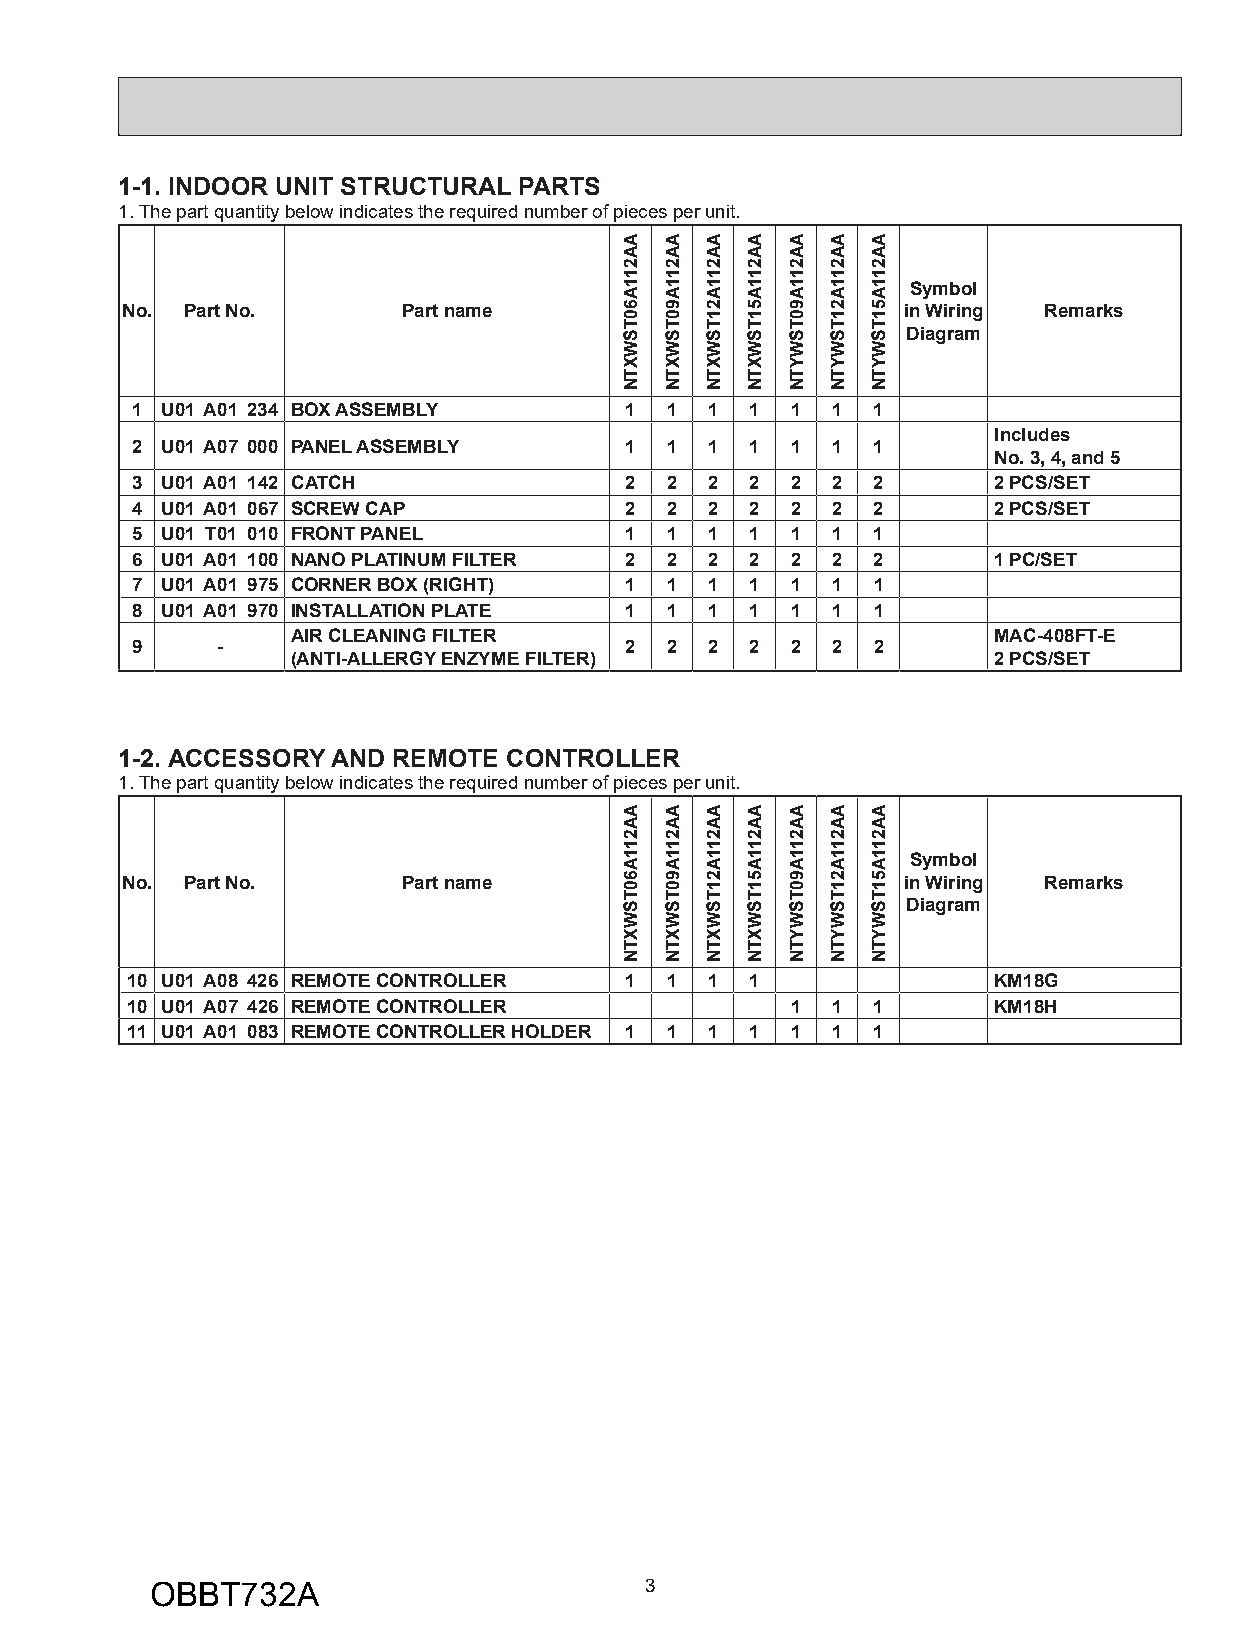
1-1. INDOOR UNIT STRUCTURAL PARTS
 1. The part quantity below indicates the required number of pieces per unit.
 Symbol
 No. Part No.       Part name                        in Wiring Remarks
 Diagram
 1 U01 A01 234 BOX ASSEMBLY      1  1  1  1 1  1  1
 Includes
 2 U01 A07 000 PANEL ASSEMBLY    1  1  1  1 1  1  1
 No. 3, 4, and 5
 3 U01 A01 142 CATCH             2  2  2  2 2  2  2       2 PCS/SET
 4 U01 A01 067 SCREW CAP         2  2  2  2 2  2  2       2 PCS/SET
 5 U01 T01 010 FRONT PANEL       1  1  1  1 1  1  1
 6 U01 A01 100 NANO PLATINUM FILTER 2 2 2 2 2  2  2       1 PC/SET
 7 U01 A01 975 CORNER BOX (RIGHT) 1 1  1  1 1  1  1
 8 U01 A01 970 INSTALLATION PLATE 1 1  1  1 1  1  1
 AIR CLEANING FILTER                            MAC-408FT-E
 9    -                          2  2  2  2 2  2  2
 (ANTI-ALLERGY ENZYME FILTER)                   2 PCS/SET
 1-2. ACCESSORY AND REMOTE CONTROLLER
 1. The part quantity below indicates the required number of pieces per unit.
 Symbol
 No. Part No.       Part name                        in Wiring Remarks
 Diagram
 10 U01 A08 426 REMOTE CONTROLLER 1  1  1  1               KM18G
 10 U01 A07 426 REMOTE CONTROLLER            1  1  1       KM18H
 11 U01 A01 083 REMOTE CONTROLLER HOLDER 1 1 1 1 1 1 1
 OBBT732A                         3
 AA211A60TSWXTN
 AA211A60TSWXTN
 AA211A90TSWXTN
 AA211A90TSWXTN
 AA211A21TSWXTN
 AA211A21TSWXTN
 AA211A51TSWXTN
 AA211A51TSWXTN
 AA211A90TSWYTN
 AA211A90TSWYTN
 AA211A21TSWYTN
 AA211A21TSWYTN
 AA211A51TSWYTN
 AA211A51TSWYTN